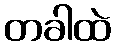
တခါထဲ